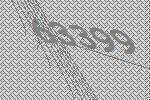
63399